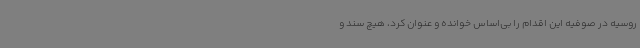
روسیه در صوفیه این اقدام را بی‌اساس خوانده و عنوان کرد، هیچ سند و